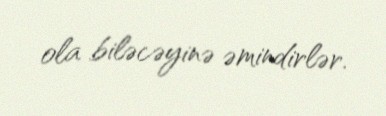
ola biləcəyinə əmindirlər.